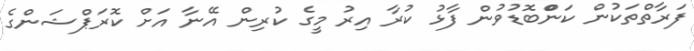
ފަރާތްތަކުން ކަންްބޮޑުވުން ފާޅު ކުރާ އިރު މީގެ ކުރިން އޭނާ އަށް ކޮރަޕްޝަންގެ